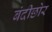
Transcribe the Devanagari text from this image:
बंदीछोर